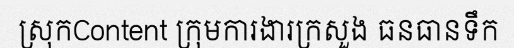
ស្រុកContent ក្រុមការងារក្រសួង ធនធានទឹក